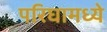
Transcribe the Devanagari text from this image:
परिघामध्ये